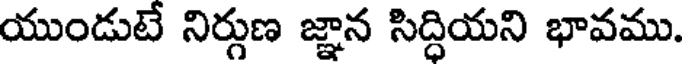
యుండుటే నిర్గుణ జ్ఞాన సిద్ధియని భావము.